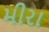
મીરા